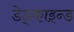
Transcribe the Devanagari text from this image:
डेड्काइन्ड